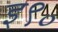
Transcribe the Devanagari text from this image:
इ९०